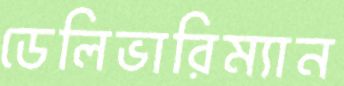
ডেলিভারিম্যান